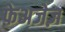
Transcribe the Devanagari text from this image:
फेअजेज़